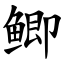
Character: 鲫